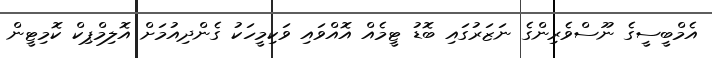
އެމްބީސީގެ ނޫސްވެރިންގެ ނަޒަރުގައި ބޮޑު ޓީމެއް އޮއްވައި ވަކިމީހަކު ގެންދިއުމަށް އޮލިމްޕިކް ކޮމިޓީން